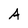
Character: A